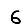
Digit: 6